NAE_ERA_R-2632_ENSV_TA_Emakeele_Selts_1945-1955, lk 69
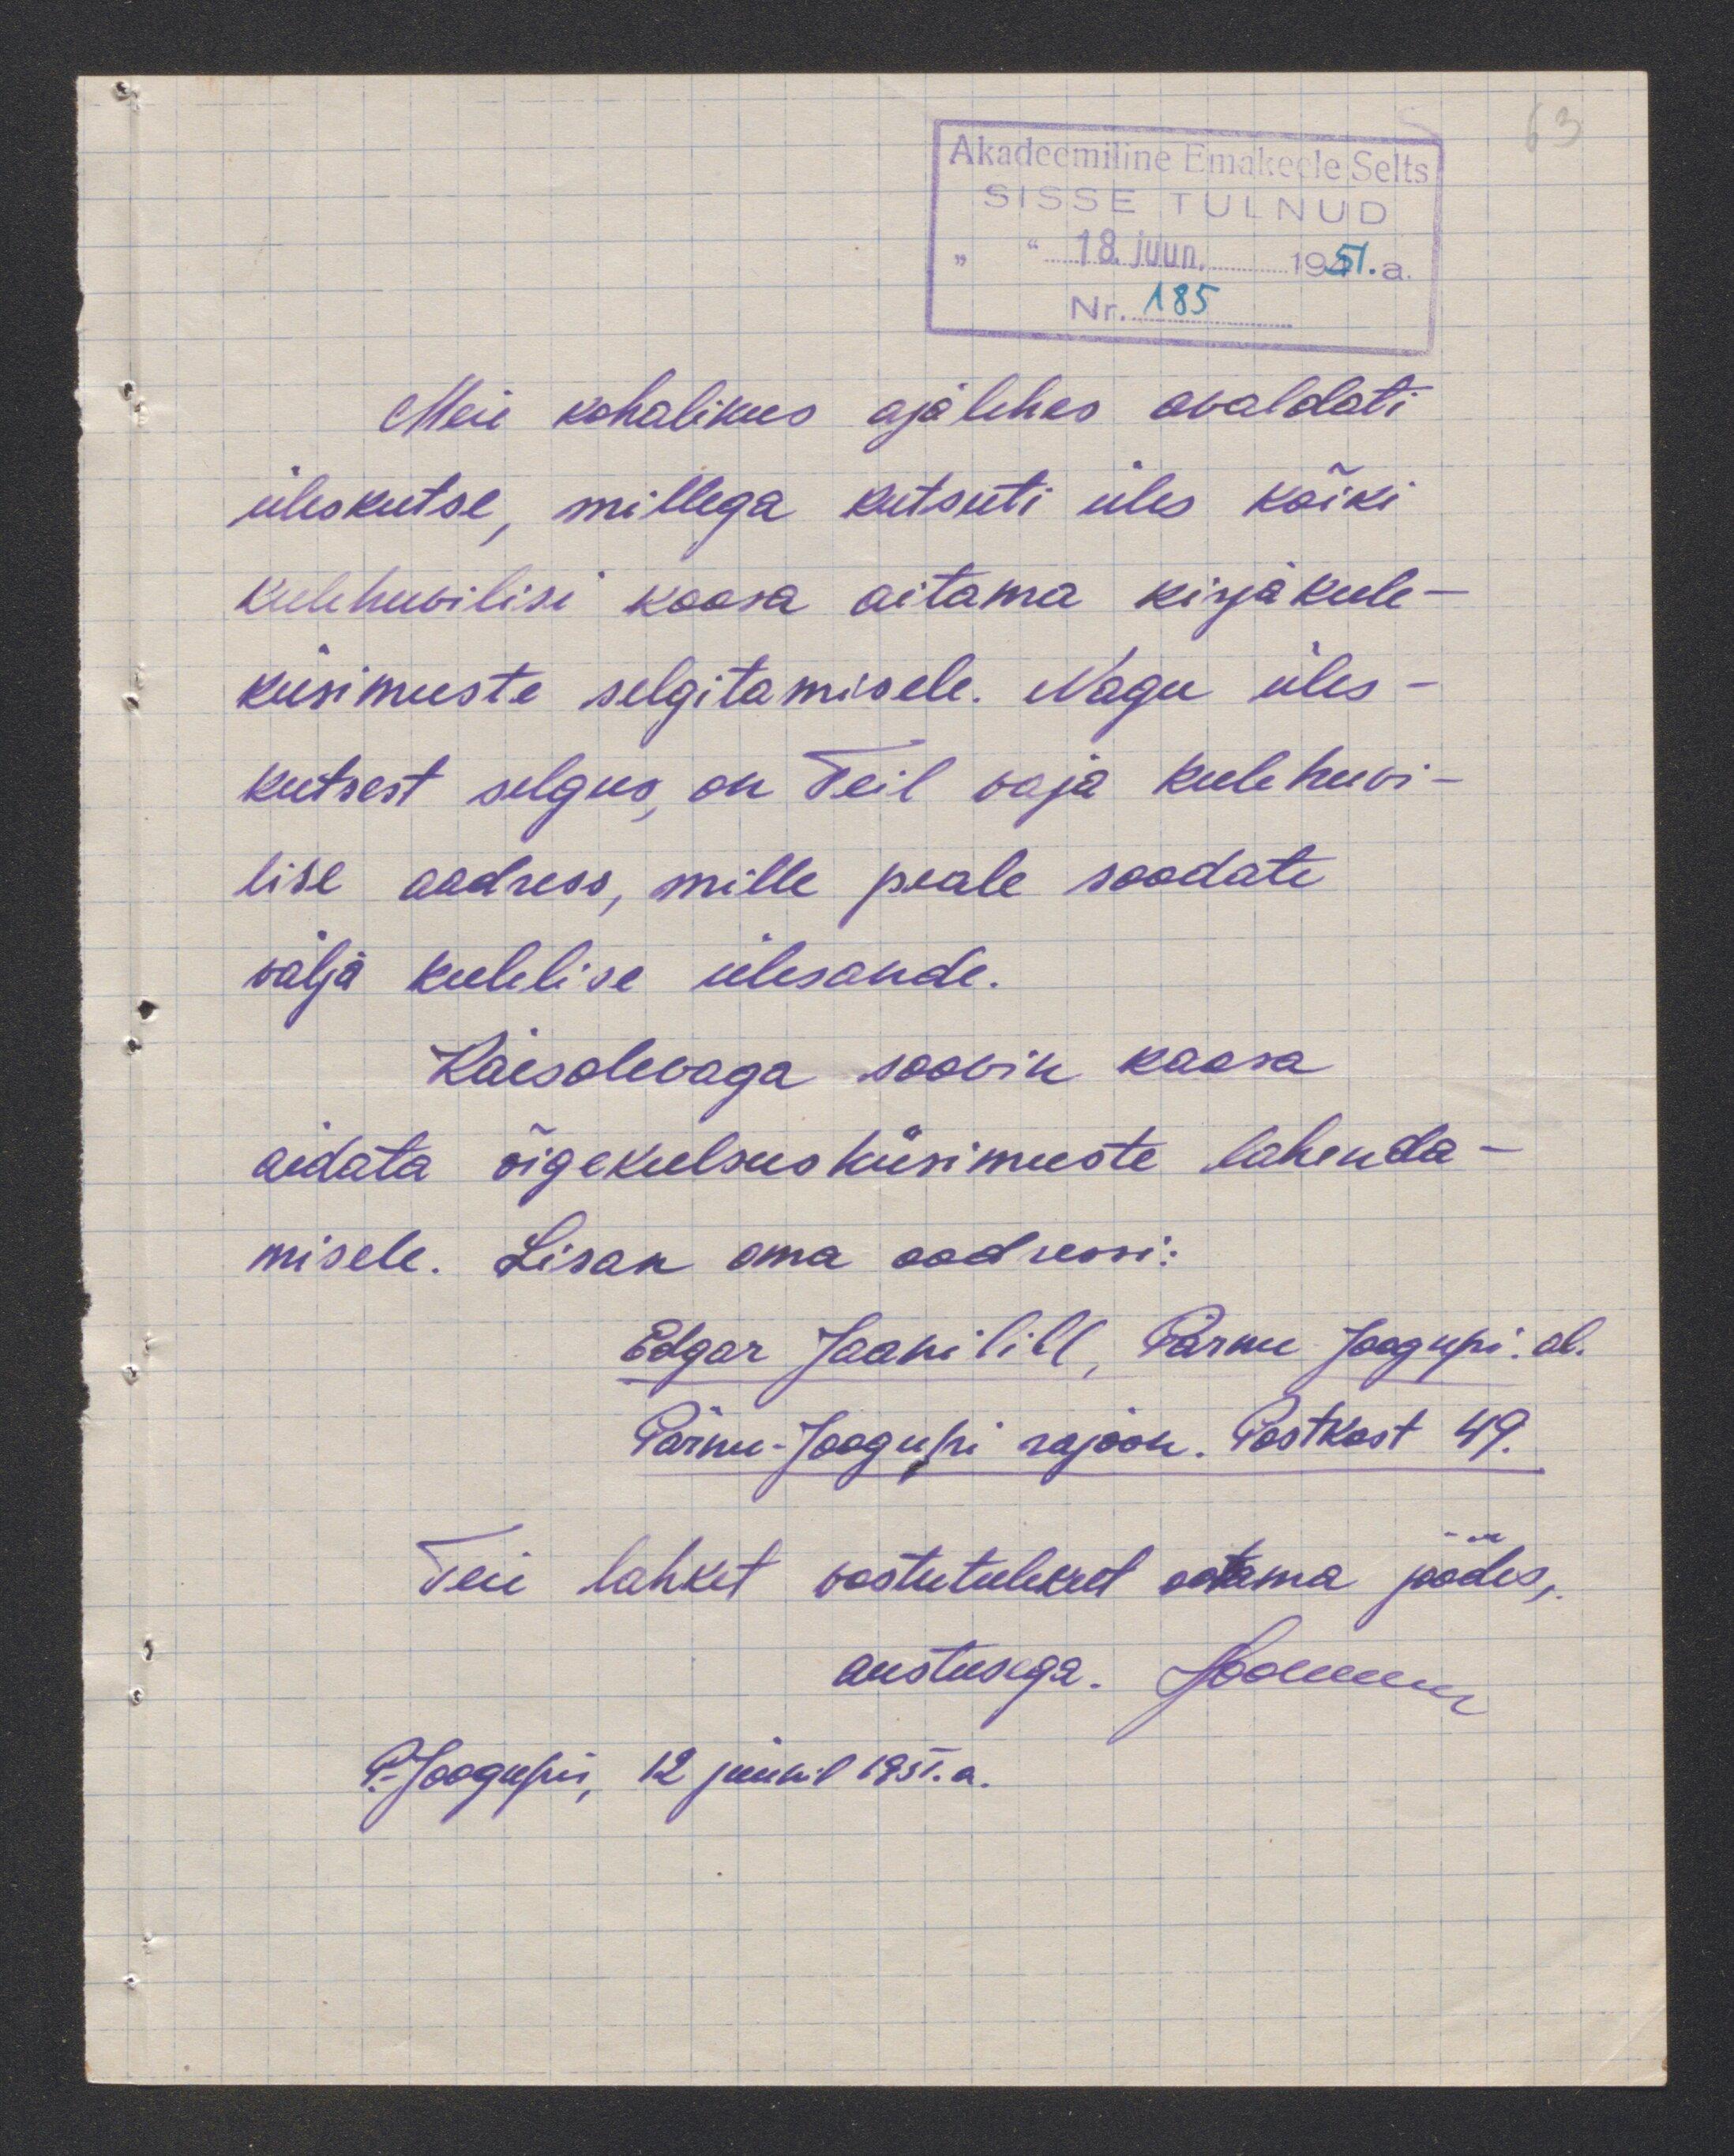
Meie kohalikus ajalehes avaldati
üleskutse, millega kutsuti üles kõiki
keelehuvilis kaasa aitama kirja keele-
küsimuste selgitamisele. Nagu üles
kutsest selgus, on Teil vaja keelehuvi
lise aadress, mille peale saadate
välja keelelise ülesande.
Käesolevaga soovin kaasa
aidata õigekeelsus küsimuste lahenda
misele. Lisan oma aadressi:
Edgar Jaanilill, Pärnu Jaagupi. al.
Pärnu-Jaagupi rajoon. Postkast 49.
Teie lahket vastutulekut ootama jäädes,
austusega. Jodleee
P.-Jaagupis, 12 juunil 1951. a.